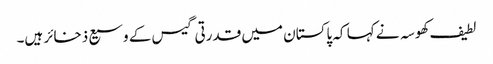
لطیف کھوسہ نے کہا کہ پاکستان میں قدرتی گیس کے وسیع ذخائر ہیں۔